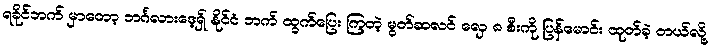
ရခိုင်ဘက် မှာတော့ ဘင်္ဂလားဒေ့ရှ် နိုင်ငံ ဘက် ထွက်ပြေး ကြတဲ့ မွတ်ဆလင် လှေ ၈ စီးကို ပြန်မောင်း ထုတ်ခဲ့ တယ်လို့